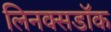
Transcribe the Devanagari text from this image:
लिनक्सडॉक